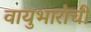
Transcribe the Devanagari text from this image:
वायुभारांची